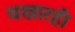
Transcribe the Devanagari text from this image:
वखारही